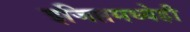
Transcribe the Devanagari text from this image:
इजिप्तमध्येही